Indian journal of veterinary science and animal husbandry - Volumes 15-17, 1948-1951
Year: 1948
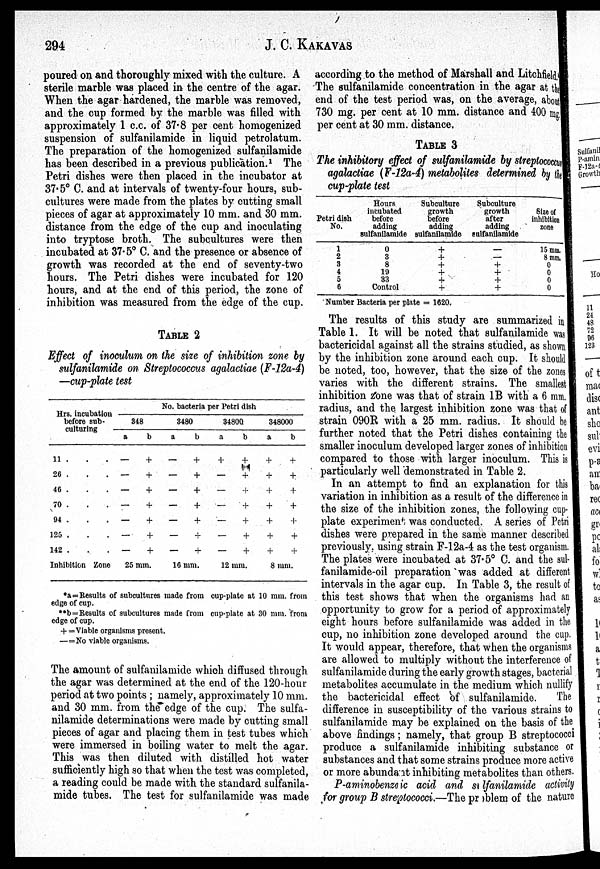
294
J. C. KAKAWAS
poured on and thoroughly mixed with the culture. A
sterile marble was placed in the centre of the agar.
When the agar hardened, the marble was removed,
and the cup formed by the marble was filled with
approximately 1 c.c. of 37.8 per cent homogenized
suspension of sulfanilamide in liquid petrolatum.
The preparation of the homogenized sulfanilamide
has been described in a previous publication. 1 The
Petri dishes were then placed in the incubator at
37. 5° C. and at intervals of twenty-four hours, sub-
cultures were made from the plates by cutting small
pieces of agar at approximately 10 mm. and 30 mm.
distance from the edge of the cup and inoculating
into tryptose broth. The subcultures were then
incubated at 37.5° C. and the presence or absence of
growth was recorded at the end of seventy-two
hours. The Petri dishes were incubated for 120
hours, and at the end of this period, the zone of
inhibition was measured from the edge of the cup.
TABLE 2
Effect of inoculum on the size of inhibition zone by
sulfanilamide on Streptococcus agalactiae (F-12a-4)
—cup-plate test
Hrs. incubation
before sub-
culturing
11 . . . .
26 . . . .
46 . ..
70 . . .
94 . . .
125 . . .
142 . . .
Inhibition Zone
No. bacteria per Petri dish
348
a
—
—
—
—
—
—
—
b
+
+
+
+
+
+
+
25 mm.
3480
a
—
—
—
—
—
—
—
b
+
+
+
+
+
+
+
16 mm.
34800
a
+
—
—
—
—
—
—
b
+
+
+
+
+
+
+
12 mm.
348000
a
+
+
+
+
+
+
+
b
+
+
+
+
+
+
+
8 mm.
*a=Results of subcultures made from cup-plate at 10 mm. from
edge of cup.
**b=Results of subcultures made from cup-plate at 30 mm. from
edge of cup.
+ = Viable organisms present.
— =No viable organisms.
The amount of sulfanilamide which diffused through
the agar was determined at the end of the 120-hour
period at two points ; namely, approximately 10 mm.
and 30 mm. from the edge of the cup. The sulfa-
nilamide determinations were made by cutting small
pieces of agar and placing them in test tubes which
were immersed in boiling water to melt the agar.
This was then diluted with distilled hot water
sufficiently high so that when the test was completed,
a reading could be made with the standard sulfanila-
mide tubes. The test for sulfanilamide was made
according to the method of Marshall and Litchfield,
The sulfanilamide concentration in the agar at the
end of the test period was, on the average, about
730 mg. per cent at 10 mm. distance and 400 mg.
per cent at 30 mm. distance.
TABLE 3
The inhibitory effect of sulfanilamide by streptococcus
agalactiae (F-12a-4) metabolites determined by the
cup-plate test
Petri dish
No.
1
2
3
4
5
6
Hours
incubated
before
adding
sulfanilamide
0
3
8
19
33
Control
Subculture
growth
before
adding
sulfanilamide
+
+
+
+
+
+
Subculture
growth
after
adding
sulfanilamide
—
—
+
+
+
+
Size of
inhibition
zone
15 mm.
8 mm.
0
0
0
0
Number Bacteria per plate = 1620.
The results of this study are summarized in
Table 1. It will be noted that sulfanilamide was
bactericidal against all the strains studied, as shown
by the inhibition zone around each cup. It should
be noted, too, however, that the size of the zones
varies with the different strains. The smallest
inhibition zone was that of strain 1B with a 6 mm.
radius, and the largest inhibition zone was that of
strain 090 R with a 25 mm. radius. It should be
further noted that the Petri dishes containing the
smaller inoculum developed larger zones of inhibition
compared to those with larger inoculum. This is
particularly well demonstrated in Table 2.
In an attempt to find an explanation for this
variation in inhibition as a result of the difference in
the size of the inhibition zones, the following cup-
plate experiment was conducted. A series of Petri
dishes were prepared in the same manner described
previously, using strain F-12a-4 as the test organism.
The plates were incubated at 37.5° C. and the sul-
fanilamide-oil preparation was added at different
intervals in the agar cup. In Table 3, the result of
this test shows that when the organisms had an
opportunity to grow for a period of approximately
eight hours before sulfanilamide was added in the
cup, no inhibition zone developed around the cup.
It would appear, therefore, that when the organisms
are allowed to multiply without the interference of
sulfanilamide during the early growth stages, bacterial
metabolites accumulate in the medium which nullify
the bactericidal effect of sulfanilamide.
The
difference in susceptibility of the various strains to
sulfanilamide may be explained on the basis of the
above findings ; namely, that group B streptococci
produce a sulfanilamide inhibiting substance or
substances and that some strains produce more active
or more abundant inhibiting metabolites than others.
P-aminobenzoic acid and sulfanilamide activity
for group B streptococci.—The problem of the nature